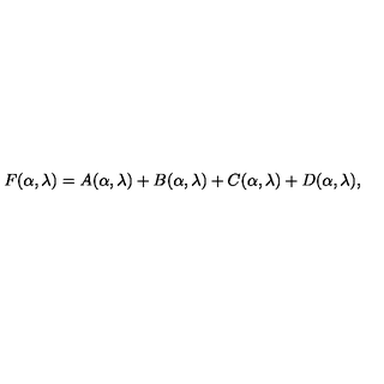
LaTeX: F ( \alpha , \lambda ) = A ( \alpha , \lambda ) + B ( \alpha , \lambda ) + C ( \alpha , \lambda ) + D ( \alpha , \lambda ) ,